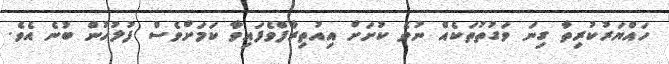
ހައްޔަރުކުރިތާ ގިނަ ވަގުތުތަކެއް ނުވެ ކުށަށް އިއުތިރާފްވެފައިވާ ކަމަށްވެސް ފުލުހުން ބުނެ އެވެ.